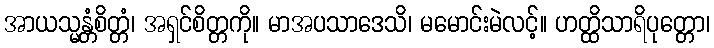
အာယသ္မန္တံစိတ္တံ၊ အရှင်စိတ္တကို။ မာအပသာဒေသိ၊ မမောင်းမဲလင့်။ ဟတ္ထိသာရိပုတ္တော၊